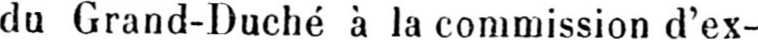
du Grand-Duché à la commission d’ex-